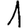
Digit: 1